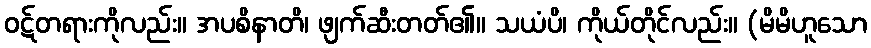
ဝဋ်တရားကိုလည်း။ အပစိနာတိ၊ ဖျက်ဆီးတတ်၏။ သယံပိ၊ ကိုယ်တိုင်လည်း။ (မိမိဟူသော